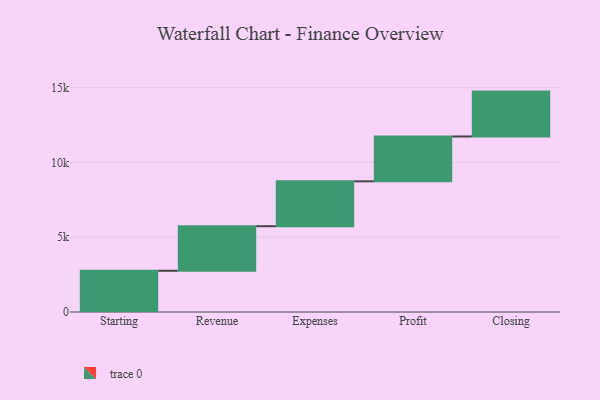
{"axis": {"x": "Step", "y": "Value"}, "legend": [""], "data": [{"x": "Starting", "y": 2756.0, "type": ""}, {"x": "Revenue", "y": 2981.0, "type": ""}, {"x": "Expenses", "y": 3000, "type": ""}, {"x": "Profit", "y": 3000, "type": ""}, {"x": "Closing", "y": 3000, "type": ""}]}